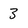
Character: 3